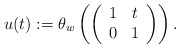
\begin{align*} u(t) := \theta_{w}\left(\left(\begin{array}{cc} 1 & t \\0 & 1 \end{array}\right)\right). \end{align*}